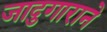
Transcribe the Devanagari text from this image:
जादुगाराने